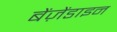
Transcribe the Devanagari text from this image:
बेंज़ेंडाइन